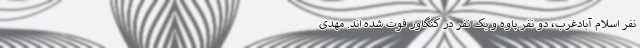
نفر اسلام آبادغرب، دو نفر پاوه و یک نفر در کنگاور فوت شده اند. مهدی